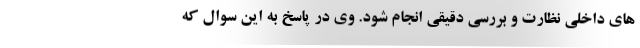
های داخلی نظارت و بررسی دقیقی انجام شود. وی در پاسخ به این سوال که